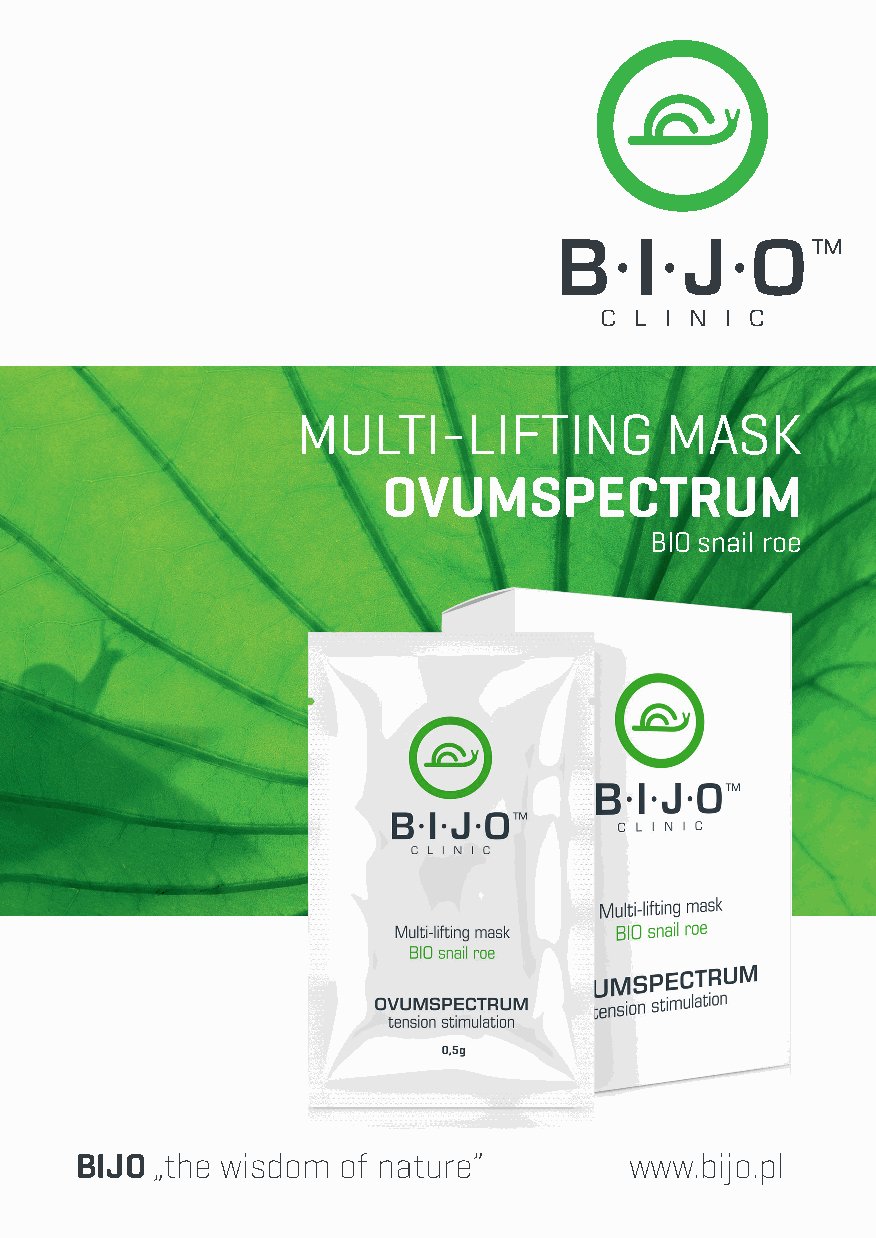
MULTI-LIFTING           MASK
 OVUMSPECTRUM
 BIO snail roe
 BIJO „the wisdom of nature”          www.bijo.pl
 ulotka_A5_OVUMSPECTRUM_saszetki_EN.indd 1        05.12.2018 12:20